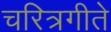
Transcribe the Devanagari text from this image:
चरित्रगीते